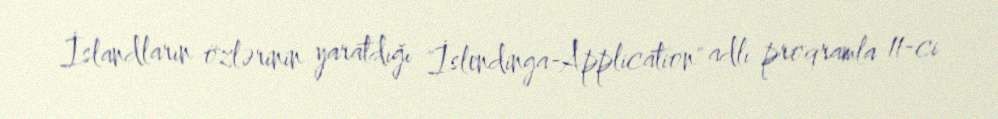
İslandların özlərinin yaratdığı "İslendinga-Application" adlı proqramla 11-ci